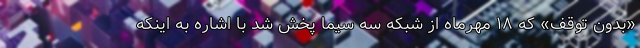
«بدون توقف» که ۱۸ مهرماه از شبکه سه سیما پخش شد با اشاره به اینکه